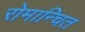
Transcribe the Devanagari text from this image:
रोमान्चित